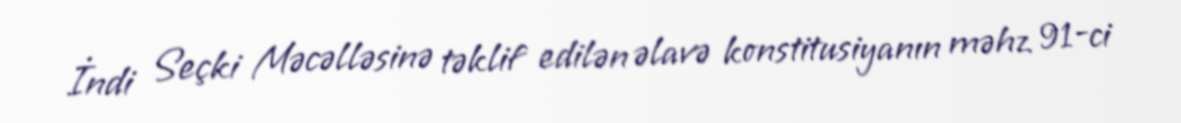
İndi Seçki Məcəlləsinə təklif edilən əlavə konstitusiyanın məhz 91-ci